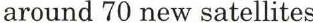
around 70 new satellites